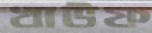
খাউফ